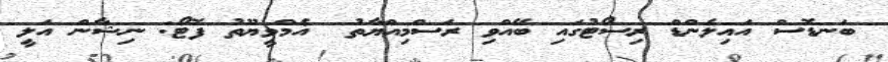
ބަނޑޮސް އައިލެންޑް ރިސޯޓުގައި ބޭއްވި ރަސްމިއްޔާތު  އެމްވީޔޫތު ފޮޓޯ: ނިޝާން އަލީ